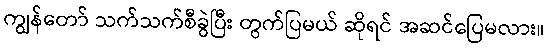
ကျွန်တော် သက်သက်စီခွဲပြီး တွက်ပြမယ် ဆိုရင် အဆင်ပြေမလား။